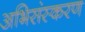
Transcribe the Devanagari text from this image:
अभिसंस्करण